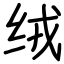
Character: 绒